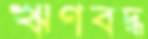
ঋণবদ্ধ